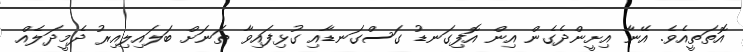
އޮތަތީއެވެ. އޭނާ އިށީންދެގެން އިން އޮފިގަނޑު ގަސްގަނޑާއި ގުޅިފައިވާ ތަނަށް ބަލައިލިއިރު ދެމީދަލެއް